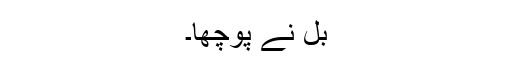
بل نے پوچھا۔